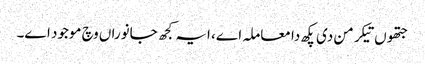
جتھوں تیکر من دی پکھ دا معاملہ اے، ایہ کجھ جانوراں وچ موجود اے۔